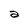
Character: a